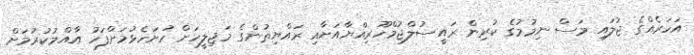
އަހަރެއްގެ ޖުލައި މަސް ނިމުމުގެ ކުރިން ރައީސުލްޖުމްހޫރިއްޔާއަށާއި ރައްޔިތުންގެ މަޖިލީހަށް ހުށަހެޅުމަށްފަހު އާއްމުކުރުމަށް